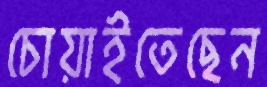
চোয়াইতেছেন